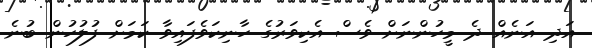
އަދި އަނެއް ދެ މީހުންނަށް ވެސް އެކިވަރުގެ ހާނިކަވެފައިވާ ކަމަށް ފުލުހުން ބުނެ